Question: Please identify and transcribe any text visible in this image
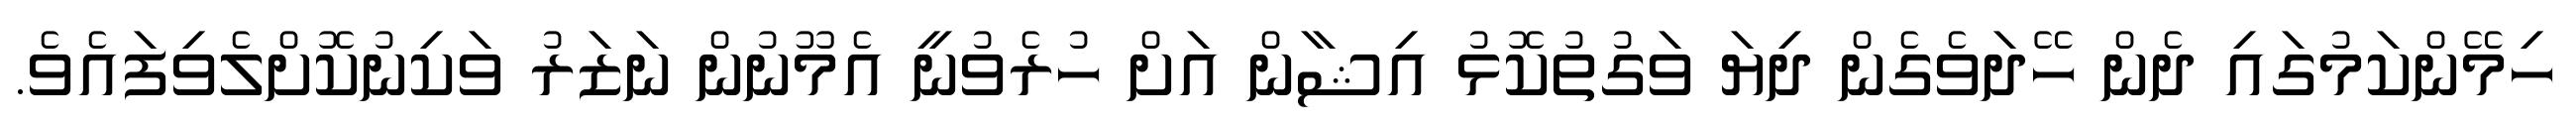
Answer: ހިމޭންކަމުގައި ދެން ހޭދަވެގެން ދިޔަ ވަގުތުކޮޅު އިޝާން އަށް ހުރެވުނީ އެމޫނުން ނަޒަރު ވަކިނުކޮށްލެވިފައެވެ.